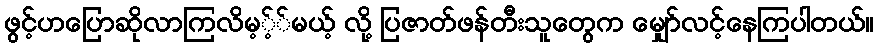
ဖွင့်ဟပြောဆိုလာကြလိမ့့််မယ့် လို့ ပြဇာတ်ဖန်တီးသူတွေက မျှော်လင့်နေကြပါတယ်။